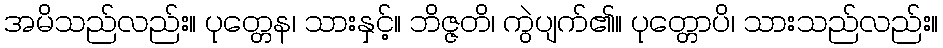
အမိသည်လည်း။ ပုတ္တေန၊ သားနှင့်။ ဘိဇ္ဇတိ၊ ကွဲပျက်၏။ ပုတ္တောပိ၊ သားသည်လည်း။